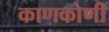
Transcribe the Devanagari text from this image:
काणकोणी